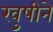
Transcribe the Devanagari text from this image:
खुषीने